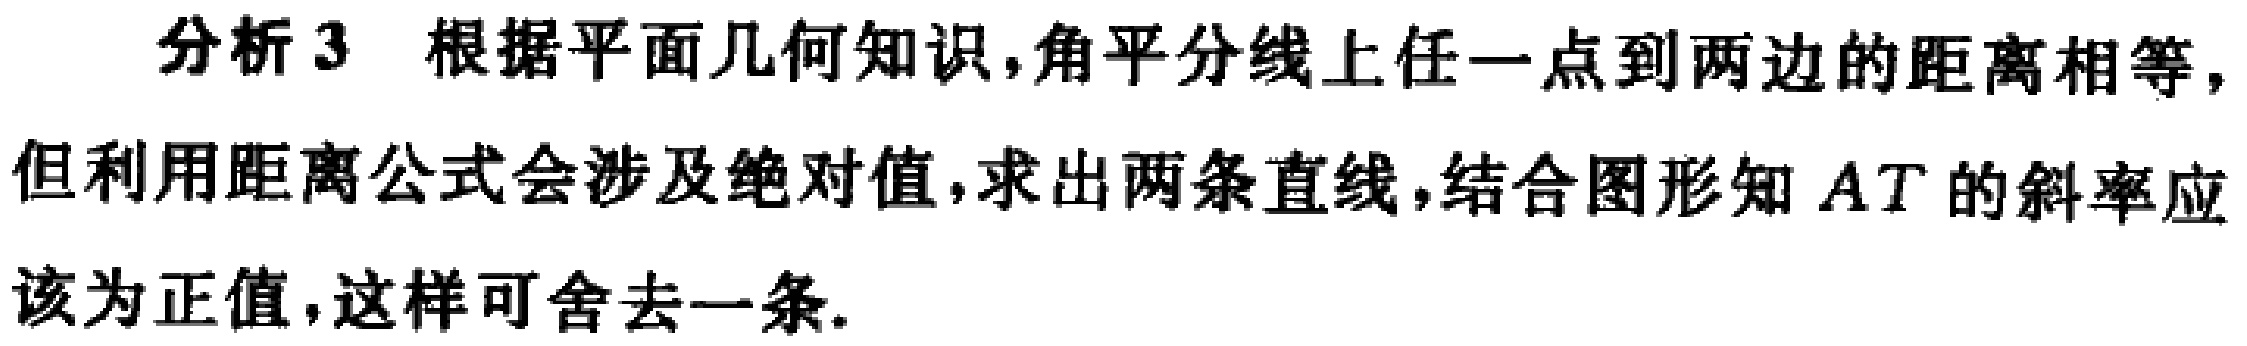
分析3 根据平面几何知识,角平分线上任一点到两边的距离相等,但利用距离公式会涉及绝对值,求出两条直线,结合图形知 \(AT\) 的斜率应该为正值,这样可舍去一条.